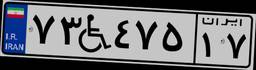
۵۳W۱۲۱۳۹